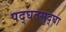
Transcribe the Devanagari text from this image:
पद्घतसुद्घा